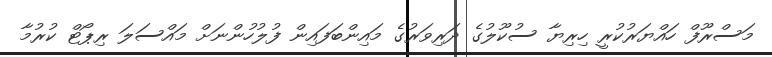
މަސްރޫފް ހައްޔަރުކުރީ ހިރިޔާ ސުކޫލުގެ ދަރިވަރުގެ މައިންބަފައިން ފުލުހުންނަށް މައްސަލަ ރިޕޯޓް ކުރުމާ